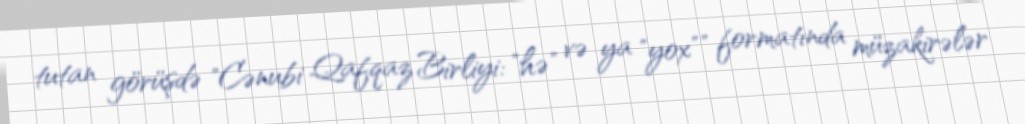
tutan görüşdə "Cənubi Qafqaz Birliyi: "hə" və ya "yox"" formatında müzakirələr